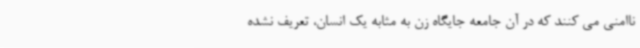
ناامنی می کنند که در آن جامعه جایگاه زن به مثابه یک انسان، تعریف نشده